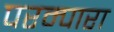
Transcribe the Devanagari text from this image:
परम्पारा